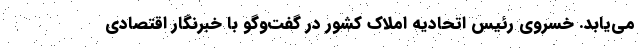
می‌یابد. خسروی رئیس اتحادیه املاک کشور در گفت‌وگو با خبرنگار اقتصادی